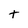
Character: t